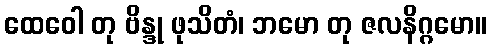
ထေဝေါ တု ဗိန္ဒု ဖုသိတံ၊ ဘမော တု ဇလနိဂ္ဂမော။